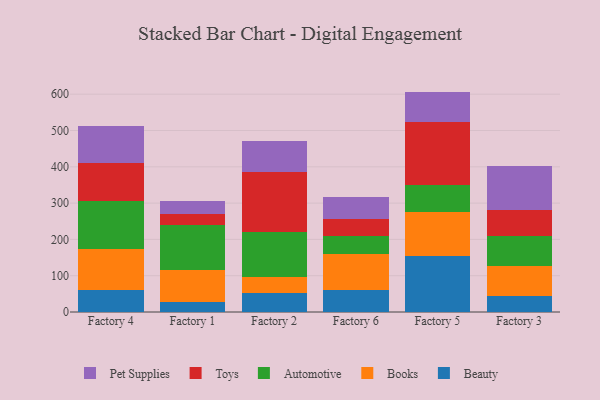
{"axis": {"x": "Factory", "y": "Active Users"}, "legend": ["Automotive", "Beauty", "Books", "Pet Supplies", "Toys"], "data": [{"x": "Factory 4", "y": 60.8, "type": "Beauty"}, {"x": "Factory 4", "y": 111.6, "type": "Books"}, {"x": "Factory 4", "y": 133.1, "type": "Automotive"}, {"x": "Factory 4", "y": 106.0, "type": "Toys"}, {"x": "Factory 4", "y": 101.9, "type": "Pet Supplies"}, {"x": "Factory 1", "y": 27.3, "type": "Beauty"}, {"x": "Factory 1", "y": 89.7, "type": "Books"}, {"x": "Factory 1", "y": 122.0, "type": "Automotive"}, {"x": "Factory 1", "y": 31.7, "type": "Toys"}, {"x": "Factory 1", "y": 35.6, "type": "Pet Supplies"}, {"x": "Factory 2", "y": 53.7, "type": "Beauty"}, {"x": "Factory 2", "y": 43.0, "type": "Books"}, {"x": "Factory 2", "y": 124.0, "type": "Automotive"}, {"x": "Factory 2", "y": 165.7, "type": "Toys"}, {"x": "Factory 2", "y": 84.2, "type": "Pet Supplies"}, {"x": "Factory 6", "y": 61.6, "type": "Beauty"}, {"x": "Factory 6", "y": 98.7, "type": "Books"}, {"x": "Factory 6", "y": 48.4, "type": "Automotive"}, {"x": "Factory 6", "y": 48.6, "type": "Toys"}, {"x": "Factory 6", "y": 59.3, "type": "Pet Supplies"}, {"x": "Factory 5", "y": 155.5, "type": "Beauty"}, {"x": "Factory 5", "y": 119.1, "type": "Books"}, {"x": "Factory 5", "y": 76.2, "type": "Automotive"}, {"x": "Factory 5", "y": 171.8, "type": "Toys"}, {"x": "Factory 5", "y": 84.6, "type": "Pet Supplies"}, {"x": "Factory 3", "y": 44.4, "type": "Beauty"}, {"x": "Factory 3", "y": 81.3, "type": "Books"}, {"x": "Factory 3", "y": 84.0, "type": "Automotive"}, {"x": "Factory 3", "y": 70.5, "type": "Toys"}, {"x": "Factory 3", "y": 121.4, "type": "Pet Supplies"}]}